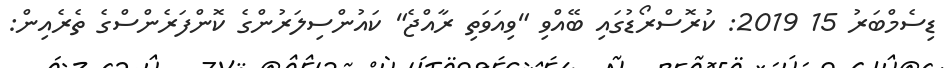
ޑިސެމްބަރު 15 2019: ކުރޮސްރޯޑުގައި ބޭއްވި "ވިއަވަތި ރާއްޖެ" ކައުންސިލަރުންގެ ކޮންފަރެންސްގެ ތެރެއިން: